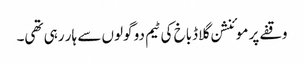
وقفے پر موئنشن گلاڈباخ کی ٹیم دو گولوں سے ہار رہی تھی۔